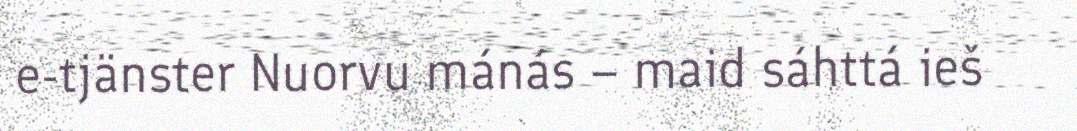
e-tjänster Nuorvu mánás – maid sáhttá ieš